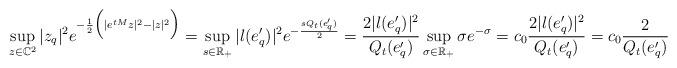
LaTeX: \begin{align*}\sup\limits_{z\in\mathbb{C}^2}|z_q|^2e^{-\frac{1}{2}\Big(|e^{tM}z|^2-|z|^2\Big)}=\sup\limits_{s\in\mathbb{R}_{+}}|l(e'_q)|^2e^{-\frac{s Q_t(e'_q)}{2}}=\frac{2|l(e'_q)|^2}{Q_t(e'_q)}\sup\limits_{\sigma\in \mathbb{R}_{+}}\sigma e^{-\sigma}=c_0\frac{2|l(e'_q)|^2}{Q_t(e'_q)}=c_0\frac{2}{Q_t(e'_q)}\end{align*}